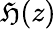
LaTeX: {\mathfrak{H}}(z)